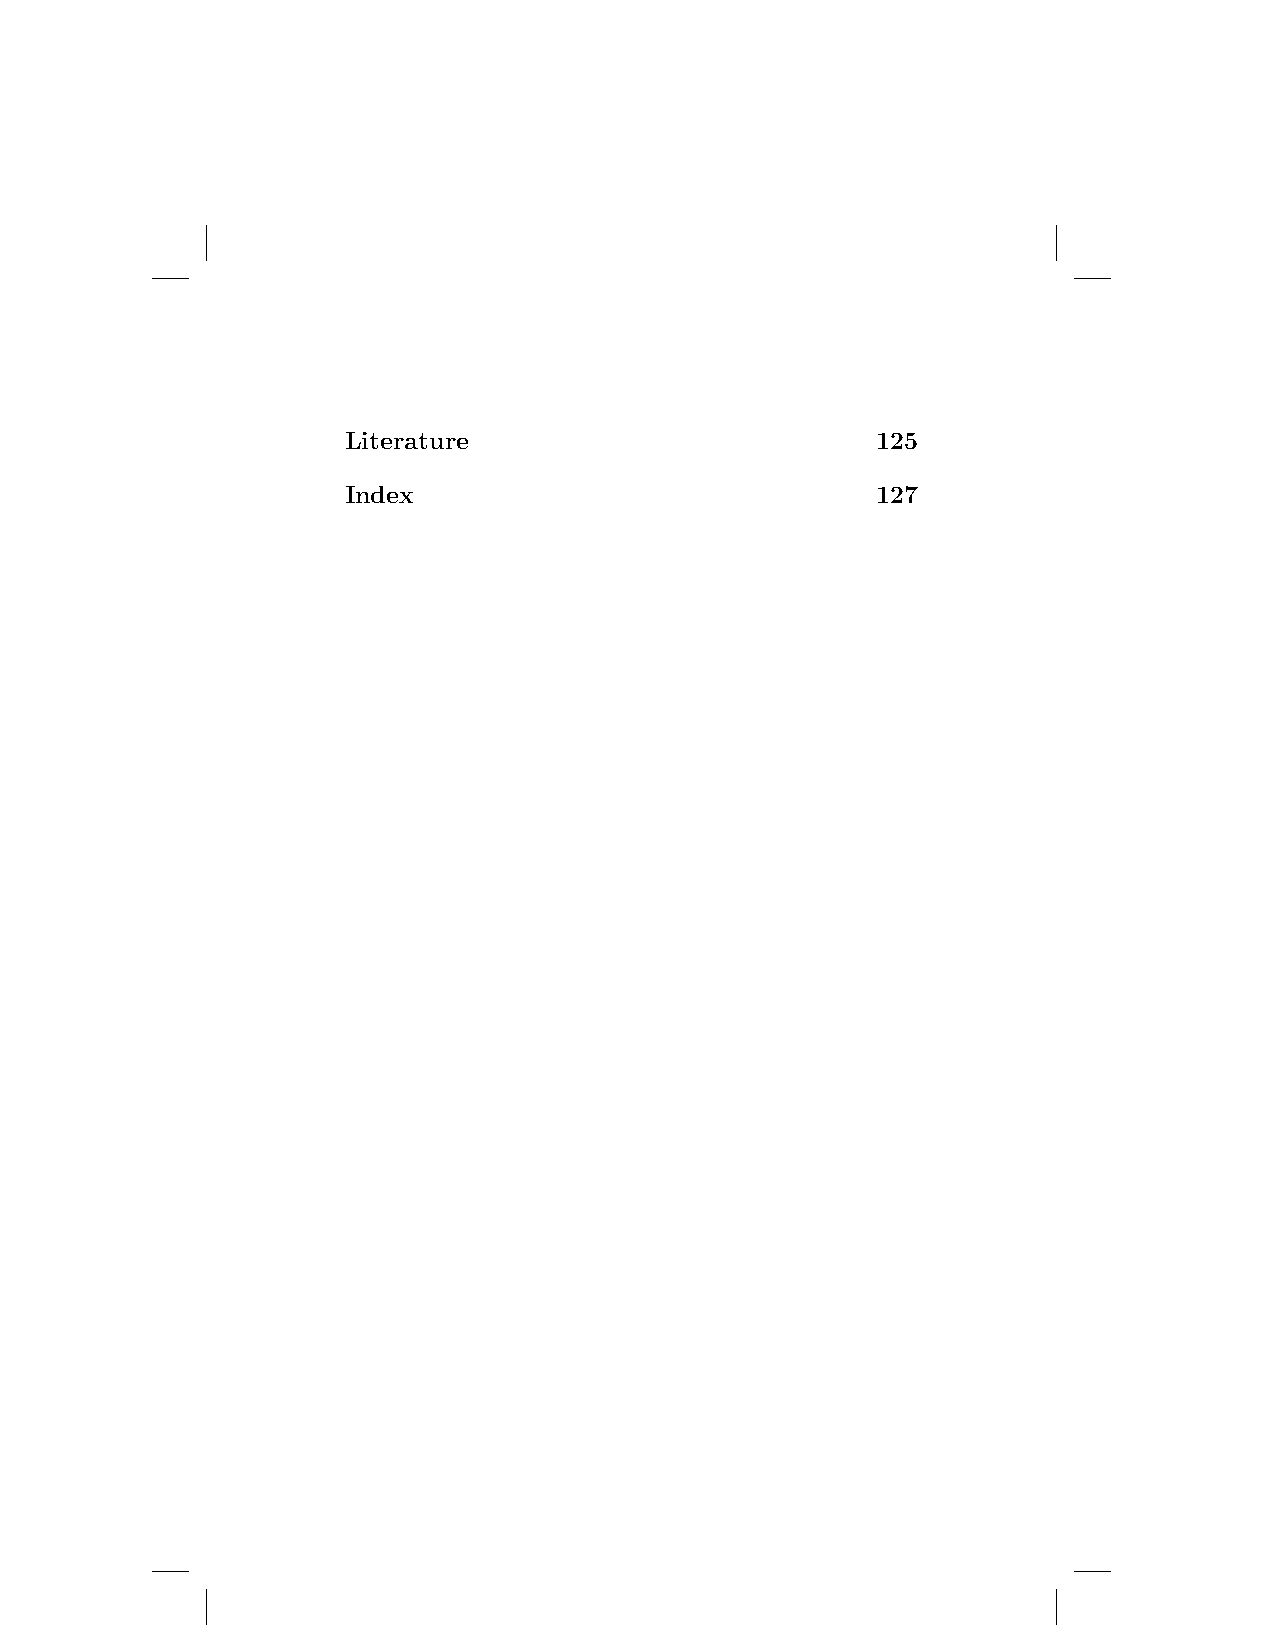
Literature                         125
 Index                              127